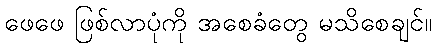
ဖေဖေ ဖြစ်လာပုံကို အစေခံတွေ မသိစေချင်။